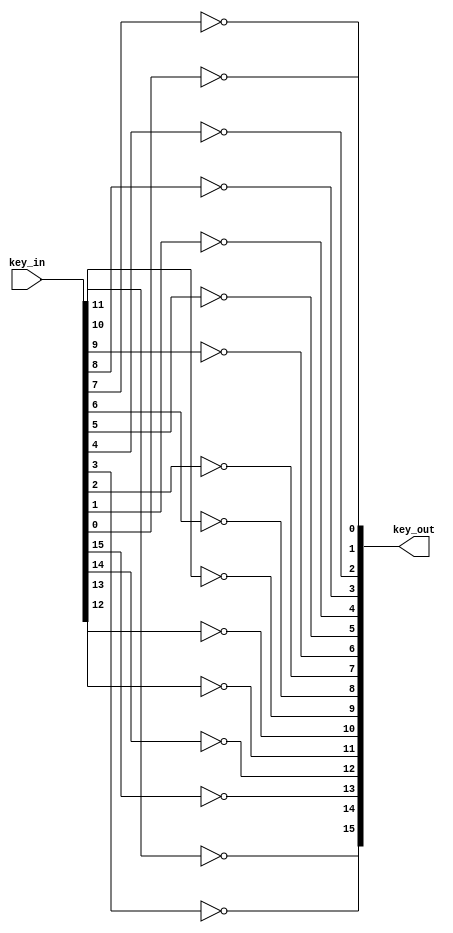
module key_mapping(
    input[15:0] key_in,
    output[15:0] key_out
);

assign key_out[13] = ~key_in[15]; // D
assign key_out[12] = ~key_in[14]; // C
assign key_out[11] = ~key_in[13]; // B
assign key_out[10] = ~key_in[12]; // A
assign key_out[14] = ~key_in[11];  // #
assign key_out[9] = ~key_in[10];
assign key_out[6] = ~key_in[9];
assign key_out[3] = ~key_in[8];
assign key_out[0] = ~key_in[7];
assign key_out[8] = ~key_in[6];
assign key_out[5] = ~key_in[5];
assign key_out[2] = ~key_in[4];
assign key_out[15] = ~key_in[3]; // *
assign key_out[7] = ~key_in[2];
assign key_out[4] = ~key_in[1];
assign key_out[1] = ~key_in[0];

endmodule